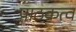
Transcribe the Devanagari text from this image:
पाठकत्व